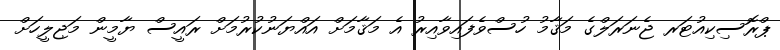
ޕްރޮސިކިއުޓަރ ޖެނަރަލްގެ މަޤާމު ހުސްވެފައިވާއިރު އެ މަޤާމަށް އައްޔަނުކުރުމަށް ރައީސް ޔާމީން މަޖިލީހަށް